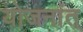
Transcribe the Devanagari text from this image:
योजनांत्‌